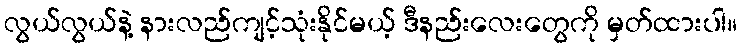
လွယ်လွယ်နဲ့ နားလည်ကျင့်သုံးနိုင်မယ့် ဒီနည်းလေးတွေကို မှတ်ထားပါ။